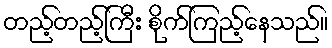
တည့်တည့်ကြီး စိုက်ကြည့်နေသည်။